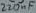
Text: 220µf